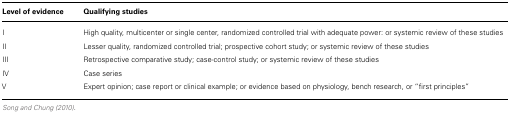
<table><thead><tr><td><b>Level of evidence</b></td><td><b>Qualifying studies</b></td></tr></thead><tbody><tr><td>I</td><td>High quality, multicenter or single center, randomized controlled trial with adequate power: or systemic review of these studies</td></tr><tr><td>II</td><td>Lesser quality, randomized controlled trial; prospective cohort study; or systemic review of these studies</td></tr><tr><td>III</td><td>Retrospective comparative study; case-control study; or systemic review of these studies</td></tr><tr><td>IV</td><td>Case series</td></tr><tr><td>V</td><td>Expert opinion; case report or clinical example; or evidence based on physiology, bench research, or “first principles”</td></tr></tbody></table>